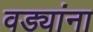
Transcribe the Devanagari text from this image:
वड्यांना